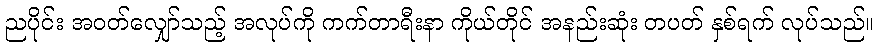
ညပိုင်း အဝတ်လျှော်သည့် အလုပ်ကို ကက်တာရီးနာ ကိုယ်တိုင် အနည်းဆုံး တပတ် နှစ်ရက် လုပ်သည်။